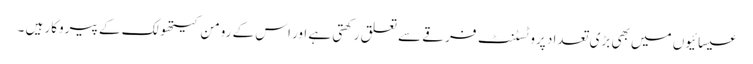
عیسائیوں میں بھی بڑی تعداد پروٹسٹنٹ فرقے سے تعلق رکھتی ہے اور اس کے رومن کیتھولک کے پیروکار ہیں ۔